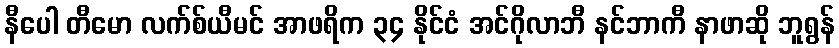
နီပေါ တီမော လက်စ်ယီမင် အာဖရိက ၃၄ နိုင်ငံ အင်ဂိုလာဘီ နင်ဘာကီ နာဖာဆို ဘူရွန်